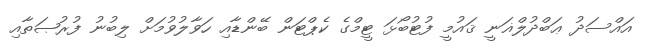
އައްސަދު ޢަބްދުލްޣަނީ ޤައުމީ ފުޓުބޯޅަ ޓީމްގެ ކެޕްޓަން ބޭންޑާއި ހަވާލުވުމަށް ލިބުނު ފުރުޞަތާއި